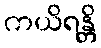
ကယိရန္တိ